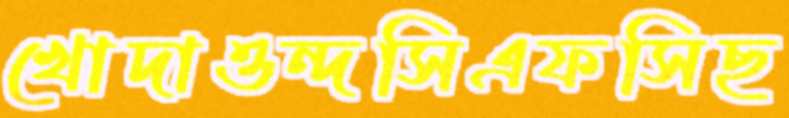
খোদাওন্দসিএফসিছ